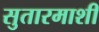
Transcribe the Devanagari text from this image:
सुतारमाशी